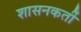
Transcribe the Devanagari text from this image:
शासनकर्ती